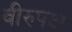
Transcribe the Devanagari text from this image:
वीरुपक्ष